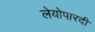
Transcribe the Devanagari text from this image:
लेयोपारदी